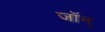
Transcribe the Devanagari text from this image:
जॉन्